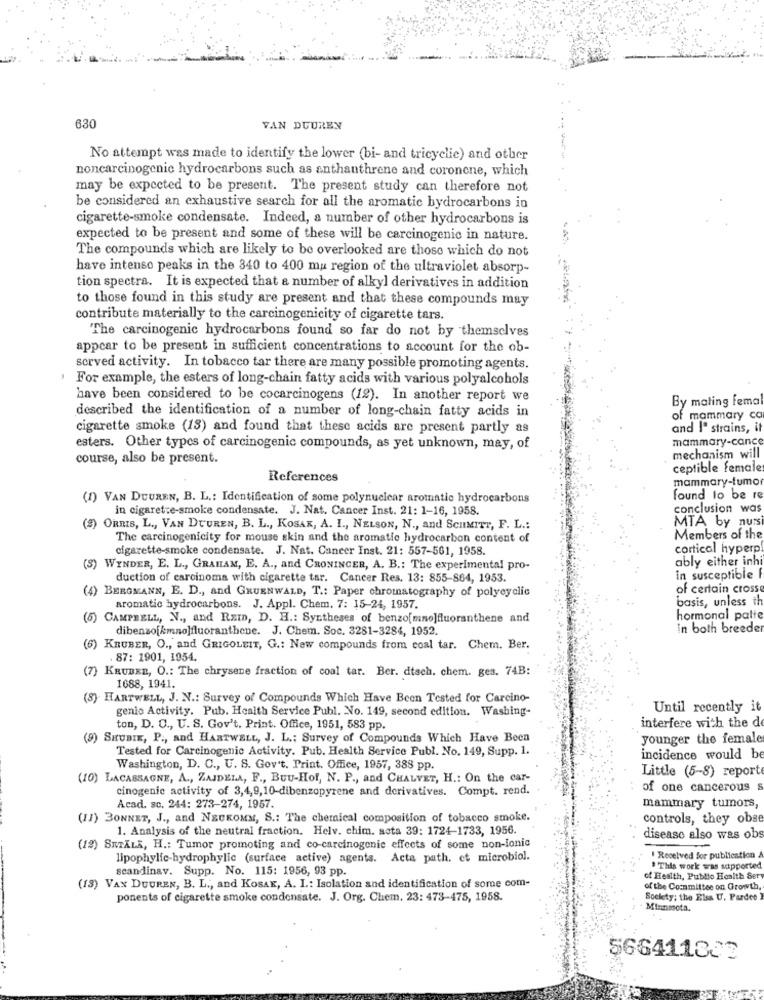
630
VAN DUUREN
No attempt was made to identify the lower (bi- and tricyclic) and other
noncarcinogenic hydrocarbons such as anthanthrene and coronene, which
may be expected to be present. The present study can therefore not
be considered an exhaustive search for all the aromatic bydrocarbons in
cigarette-smoke condensate. Indeed, a number of other hydrocarbons is
expected to be present and some of these will be carcinogenic in nature.
The compounds which are likely to be overlooked are those which do not
have intenso peaks in the 340 to 400 mu region of the ultraviolet absorp-
tion spectra. It is expected that a number of alkyl derivatives in addition
to those found in this study are present and that these compounds may
contribute materially to the carcinogenicity of cigarette tars.
The carcinogenic hydrocarbons found so far do not by themselves
appear to be present in sufficient concentrations to account for the ob-
served activity. In tobacco tar there are many possible promoting agents.
For example, the esters of long-chain fatty acids with various polyalcohols
have been considered to be cocarcinogens (12). In another report we
By mating fema
described the identification of a number of long-chain fatty acids in
mammary co
cigarette smoke (13) and found that these acids are present partly as
and I" strains, it
mammary-cance
esters. Other types of carcinogenic compounds, as yet unknown, may, of
course, also be present.
mechanism will
ceptible females
References
mammary-tumo
(1) VAN DUUREN, B. L .: Identification of some polynuclear aromatic hydrocarbons
found to be re
in cigarette-smoke condensate. J. Nat. Cancer Inst. 21: 1-16, 1958.
conclusion was
MTA by nursi
(8) ORRIS, L ., VAN DUUREN, B. L ., KOSAK, A. I ., NELSON, N ., and SCHMITT, F. L .:
The carcinogenicity for mouse skin and the aromatic hydrocarbon content of
Members of the
cigarette-smoke condensate. J. Nat. Cancer Inst. 21: 557-561, 1958
cortical hyperp
ably either inh
(S) WINDER, E. L ., GRAHAM, E. A ., and CRONINGER, A. B .: The experimental pro-
duction of carcinoma with cigarette tar. Cancer Res. 13: 855-864, 1953.
In susceptible
of certain crosse
(4) BERGMANN, E. D ., and GRUENWALD, T .: Paper chromatography of polycyclic
basis, unless th
aromatic hydrocarbons. J. Appl. Chem. 7: 15-24, 1957.
(5) CAMPBELL, N ., and Ram, D. H .: Syntheses of benzo[mno]fluoranthene and
hormonal patte
dibenzo[kmno]fluoranthone. J. Chem. Soc. 3281-3284, 1952.
in both breeder
(6) KRUBER, O ., and GRIGOLEIT, G .: New compounds from coal tar. Chem. Ber.
. 87: 1901, 1954.
(7) KRUBER, O .: The chrysene fraction of coal tar. Ber. dtsch. chem. ges. 74B:
1688, 1941.
(8) HARTWELL, J. N .: Survey of Compounds Which Have Been Tested for Carcino-
genio Activity. Pub. Health Service Publ. No. 149, second edition. Washing-
Until recently it
ton, D. C ., U. S. Gov't. Print. Office, 1951, 583 pp.
interfere with the d
(9) SHUBIE, P ., and HARTWELL, J. L .; Survey of Compounds Which Have Been
younger the female
Tested for Carcinogenic Activity. Pub. Health Service Publ. No. 149, Supp. 1.
incidence would be
Washington, D. C ., U. S. Gov't. Print. Office, 1957, 388 pp.
(10) LACASSAGNE, A ., ZAJDELA, F ., BUU-Hof, N. P ., and CHALVET, H .: On the car-
Little (5-8) reporte
cinogenic activity of 3,4,9,10-dibenzopyrene and derivatives. Compt. rend.
of one cancerous s
Acad. sc. 244: 273-274, 1957.
mammary tumors,
(11) BONNET, J ., and NEUKOMM, S .: The chemical composition of tobacco smoke.
controls, they obse
1. Analysis of the neutral fraction. Helv. chim. acta 39: 1724-1733, 1956.
disease also was obs
(18) SITALK, H .: Tumor promoting and co-carcinogenic effects of some non-ionic
lipophylic-hydrophylic (surface active) agents. Acta path, et microbiol.
Received for publication
scandinav. Supp. No. 115: 1956, 93 pp.
" This work was supported
of Health, Public Health Ser
(13) VAX DUUREN, B. L ., and KOSAK, A. I .: Isolation and identification of some com-
of the Committee on Growth
ponents of cigarette smoke condensate. J. Org. Chem. 23: 473-475, 1958.
Society; the Elss U. Pardes
Minnmota.
566411822